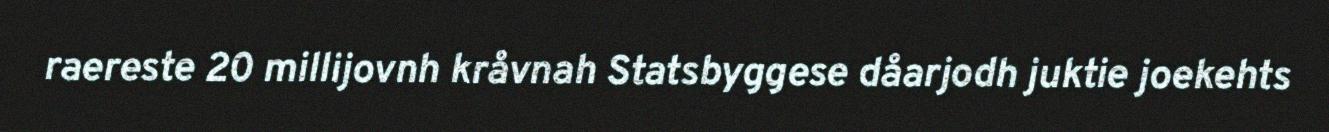
raereste 20 millijovnh kråvnah Statsbyggese dåarjodh juktie joekehts